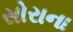
સોરાના